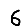
Digit: 6